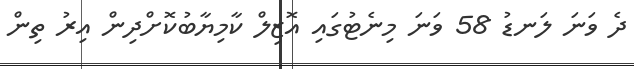
ދެ ވަނަ ލަނޑު 58 ވަނަ މިނެޓުގައި އޮޒިލް ކާމިޔާބުކޮށްދިން އިރު ތިން